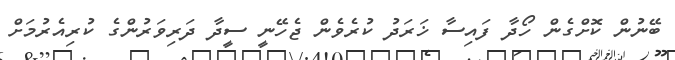
ބޭނުން ކޮށްގެން ހޯދާ ފައިސާ ޚަރަދު ކުރެވެން ޖެހޭނީ ސީދާ ދަރިވަރުންގެ ކުރިއެރުމަށް